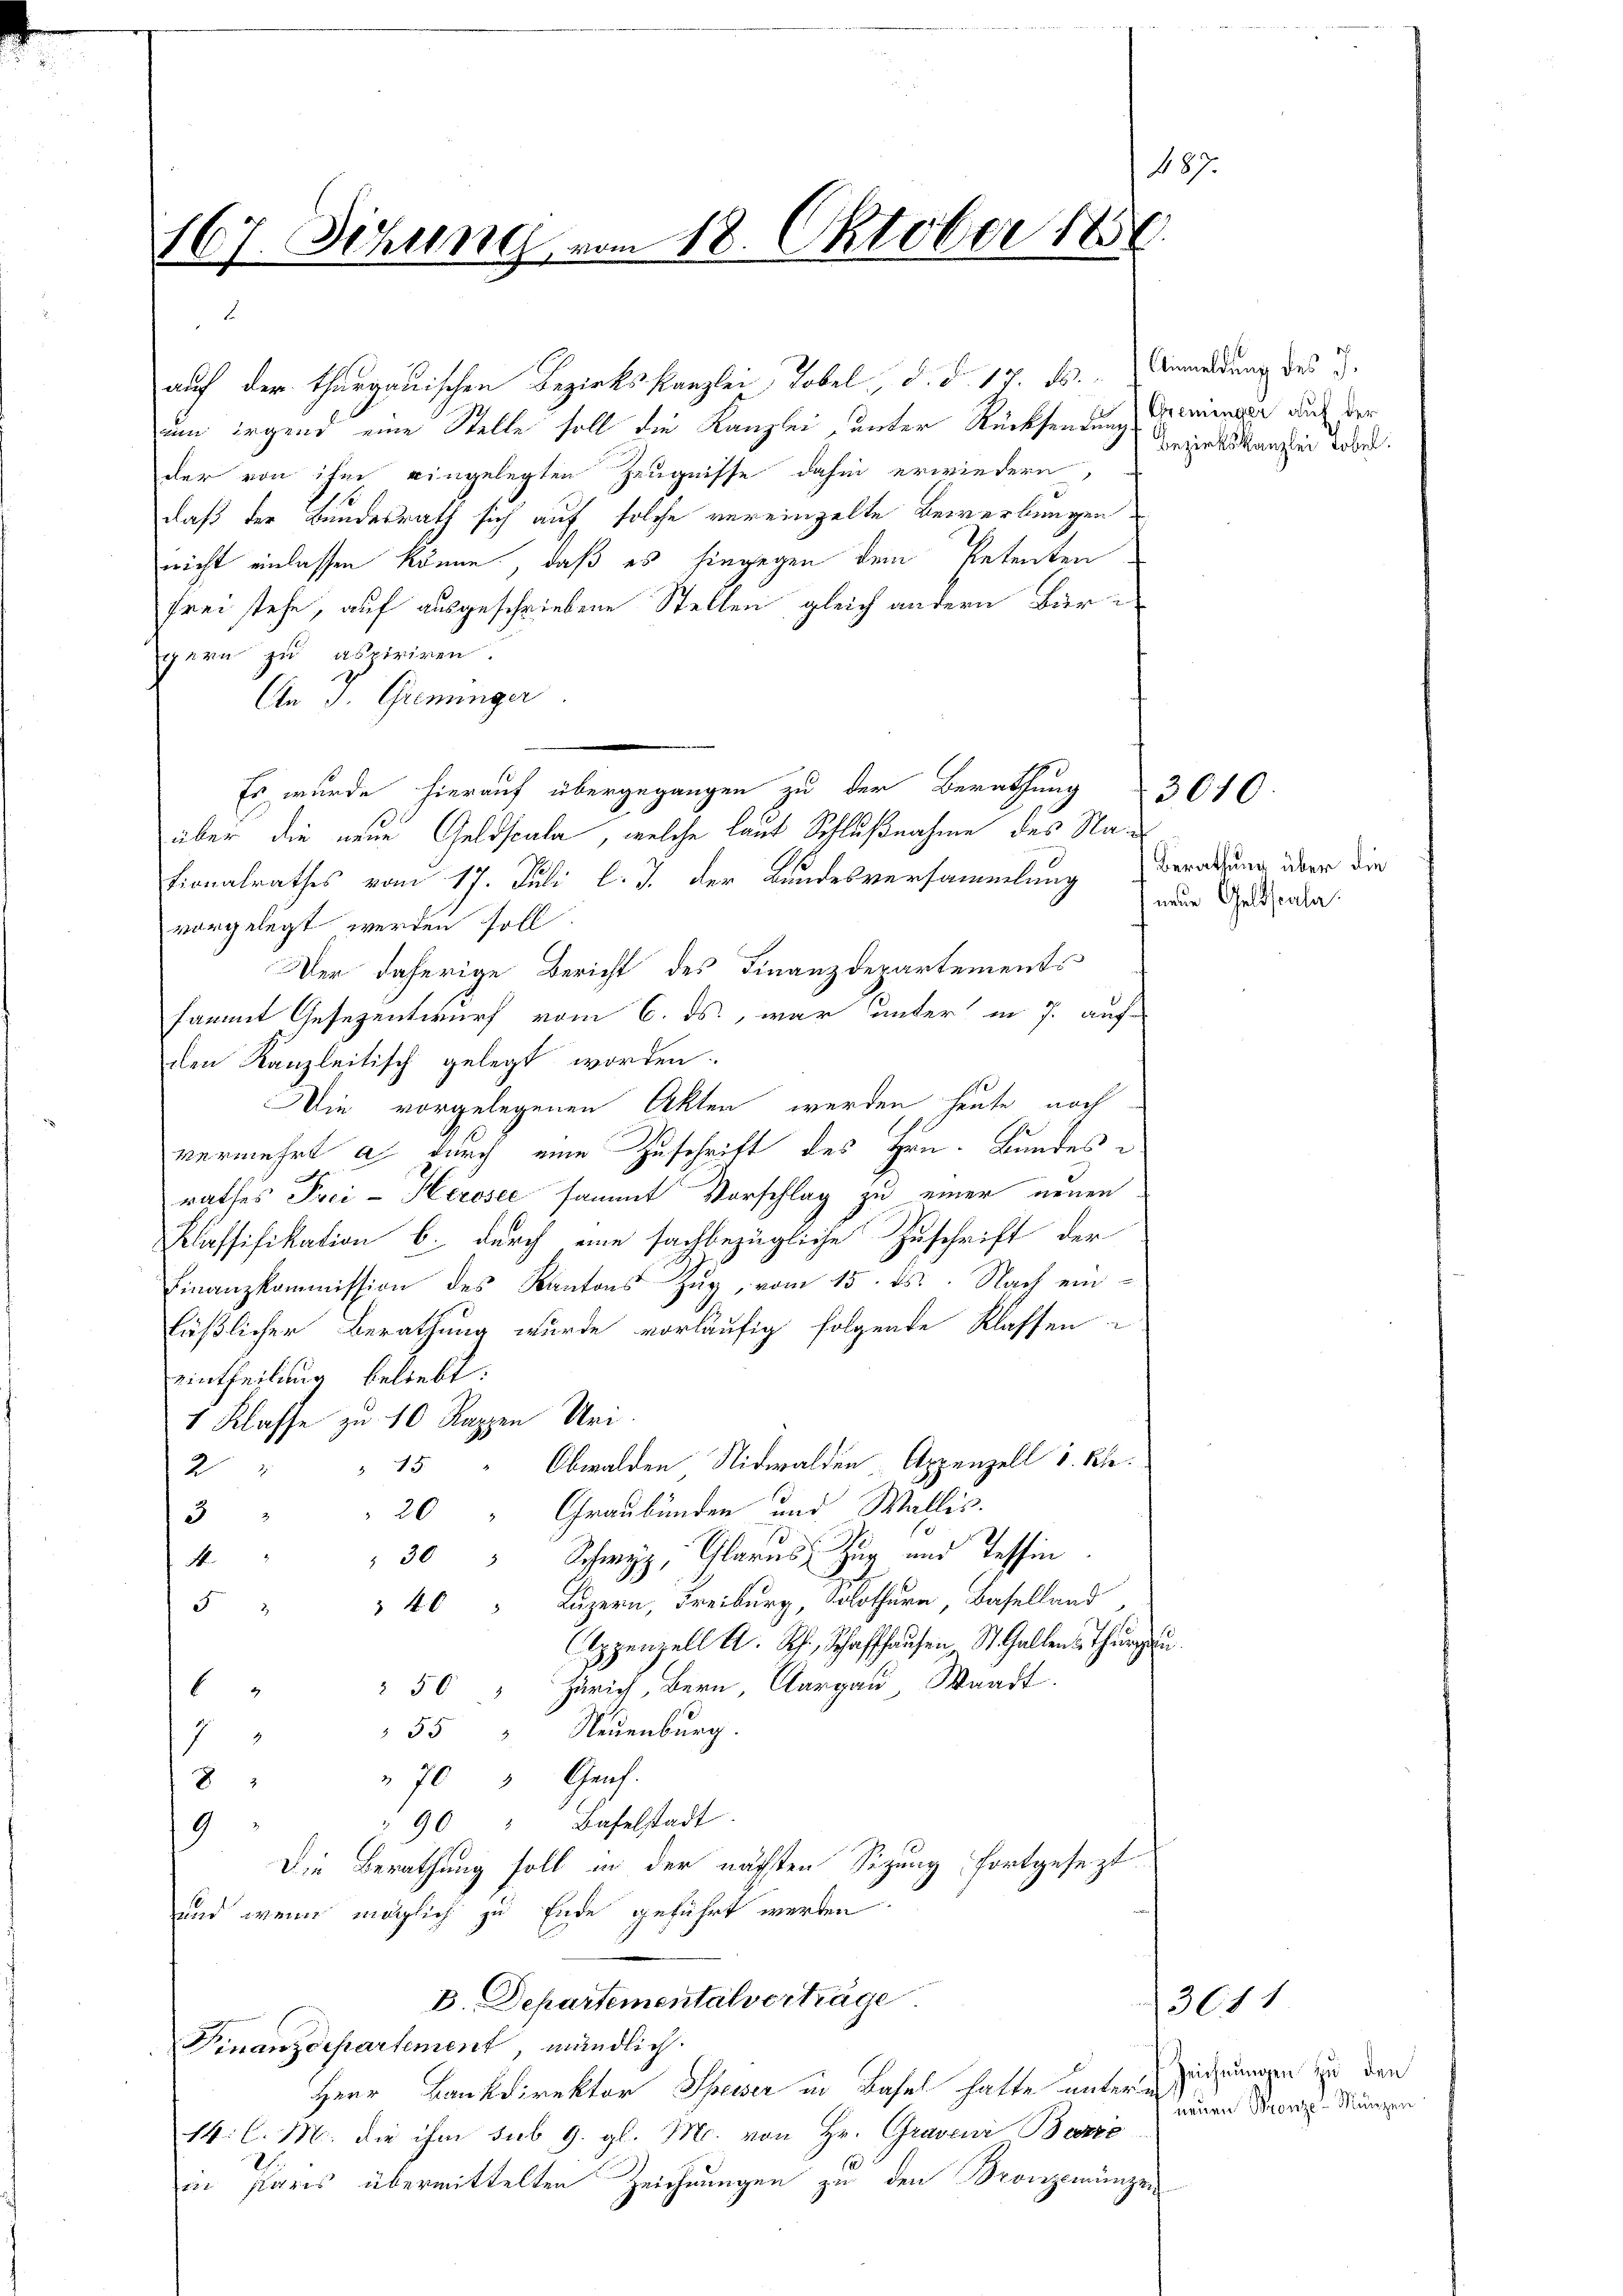
487.
167. Sitzung vom 18. Oktober 1850.

um irgend eine Stelle soll die Kanzlei, unter Rücksendung Griminage auch der
der von ihm eingelegten Zeugnisse dahin erwiedern,
daß der Bundesrath sich auf solche vereinzelte Bewerbungen
nicht einlassen könne, daß es hingegen dem Petenten
frei stehe, auf ausgeschriebene Stellen gleich andern Bürgern zu aspiriren.
An J. Greninger
Es wurde hierauf übergegangen zu der Berathung
über die neue Geldscala, welche laut Schlußnahme des Nationalrathes vom 17. Juli l. J. der Bundesversammlung zur Geldsala
vorgelegt werden soll.
Der daherige Bericht des Finanzdepartements
sammt Gesezentwurf vom 6. ds., war unter in 7. auf-
den Kanzleitisch gelegt worden.
Die vorgelegenen Akten werden heute noch
vermehrt a durch eine Zuschrift des Hrn. Bundesn
rathes Frei-Kerosec sammt Vorschlag zu einer neuen
Klassifikation b. durch eine sachbezügliche Zuschrift der
Finanzkommission des Kantons Zug, vom 15. ds. Nach einläßlicher Berathung wurde vorläufig folgende Klassen
eintheilung beliebt:
1 Klasse zu 10 Rappen Uri.
Obwalden Nidwalden Appenzell I. Kle
45
2
20 " Graubünden und Wallis.
3
30 " Schwyz, Glarus, Zug und Tessin.
M.
"40 " Luzern, Freiburg, Solothurn, Baselland,
5
Appenzell A. Rh., Schaffhausen St. Gallens Thurg
50 " Zürich, Bern, Aargau, Waadt.
6
55 " Neuenburg.
1
" 70 " Graf.
83
390 " Baselstadt.
9
Die Berathung soll in der nächsten Sizung fortgesezt
und wenn möglich zu Ende geführt werden
B. Departementalverträge
Finanzdepartement, mündlich
Herr Bankdirektor Speiser in Basel hatte unterm
14: l. M. die ihm sub 9. gl. M. von Hr. Graven Bezie
in Paris übermittelten Zeichnungen zu den Bronzemünzen

auf der thurgauischen Bezirkskanzlei, Tobel, d. d. 17. ds. Anmeldung des

.

Bezirkskanzlei Tobel

Berathung über die

3010

3011

Zeichnungen zu den
neuen Bronze-Münzen